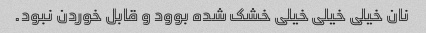
نان خیلی خیلی خیلی خشک شده بوود و قابل خوردن نبود.